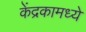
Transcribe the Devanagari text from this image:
केंद्रकामध्ये